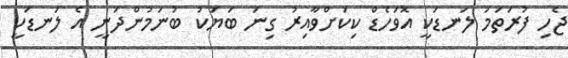
ޖެހި ފުރަތަމަ ލަނޑަކީ އޮވަހެޑް ކިކަށްވާއިރު ގިނަ ބަޔަކު ބުނަމުންދަނީ އެ ލަނޑަކީ